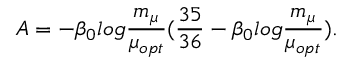
A = - \beta _ { 0 } l o g \frac { m _ { \mu } } { \mu _ { o p t } } ( \frac { 3 5 } { 3 6 } - \beta _ { 0 } l o g \frac { m _ { \mu } } { \mu _ { o p t } } ) .